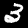
Label: 3